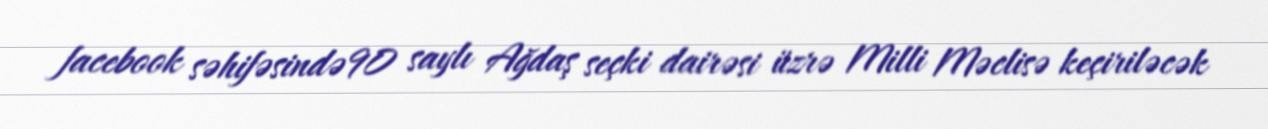
facebook səhifəsində 90 saylı Ağdaş seçki dairəsi üzrə Milli Məclisə keçiriləcək